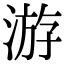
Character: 游